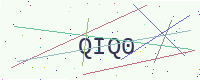
Text: QIQ0